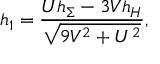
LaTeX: h _ { 1 } = \frac { U h _ { \Sigma } - 3 V h _ { H } } { \sqrt { 9 V ^ { 2 } + U ^ { 2 } } } ,